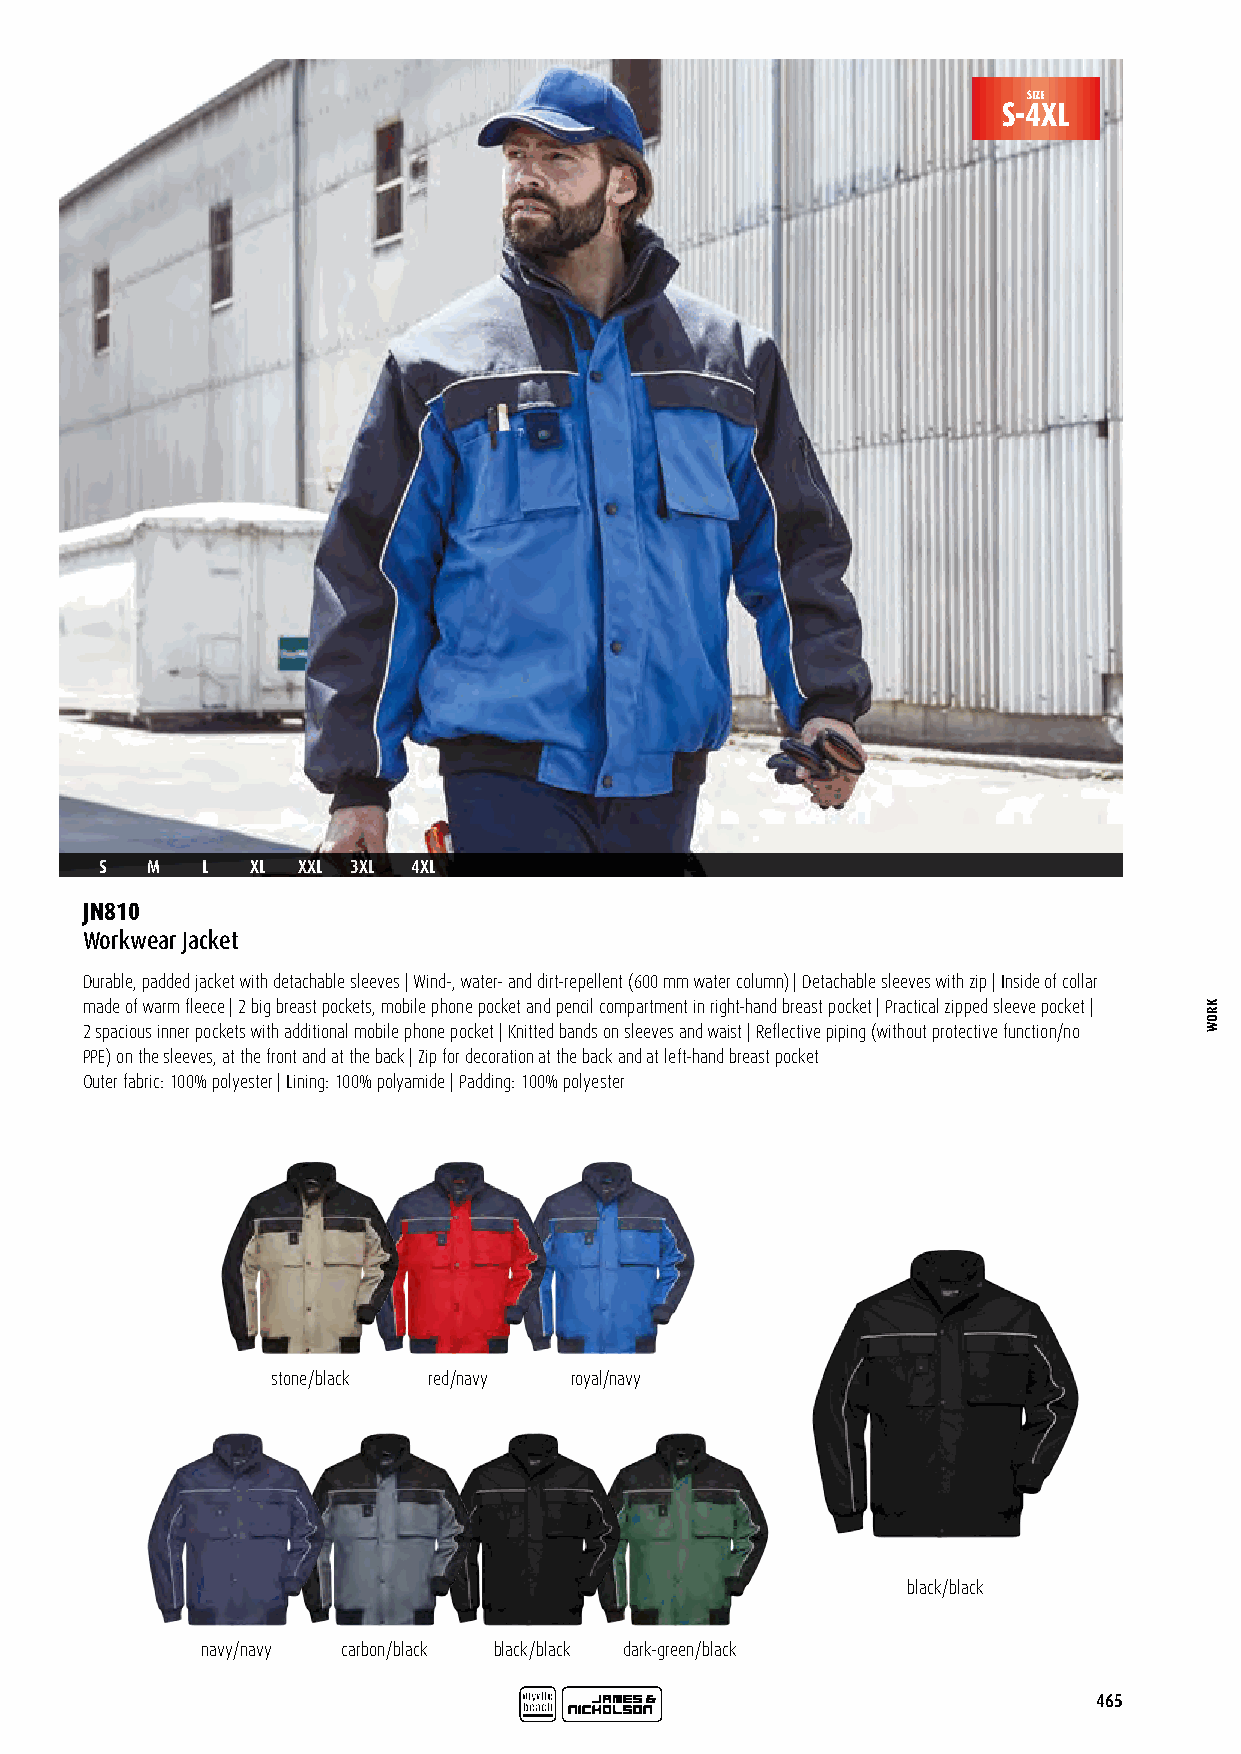
SIZE
 S-4XL
 S  M  L   XL XXL 3XL 4XL
 JN810
 Workwear Jacket
 Durable, padded jacket with detachable sleeves | Wind-, water- and dirt-repellent (600 mm water column) | Detachable sleeves with zip | Inside of collar
 made of warm fleece | 2 big breast pockets, mobile phone pocket and pencil compartment in right-hand breast pocket | Practical zipped sleeve pocket |
 2 spacious inner pockets with additional mobile phone pocket | Knitted bands on sleeves and waist | Reflective piping (without protective function/no
 PPE) on the sleeves, at the front and at the back | Zip for decoration at the back and at left-hand breast pocket
 Outer fabric: 100% polyester | Lining: 100% polyamide | Padding: 100% polyester
 stone/black red/navy royal/navy
 black/black
 navy/navy carbon/black black/black dark-green/black
 465
 KROW